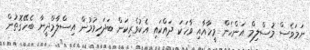
ނަމަވެސް މުސްލިމް އަންހެން މީހާއާއި ވާހަކަ ދައްކައި އެކުވެރިކަން ބަދަހިވުމުން އިސްލާމްދީނާ ބެހޭގޮތުން